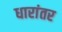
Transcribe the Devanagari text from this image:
धारांतर